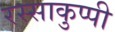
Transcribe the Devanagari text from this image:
रस्साकुप्पी